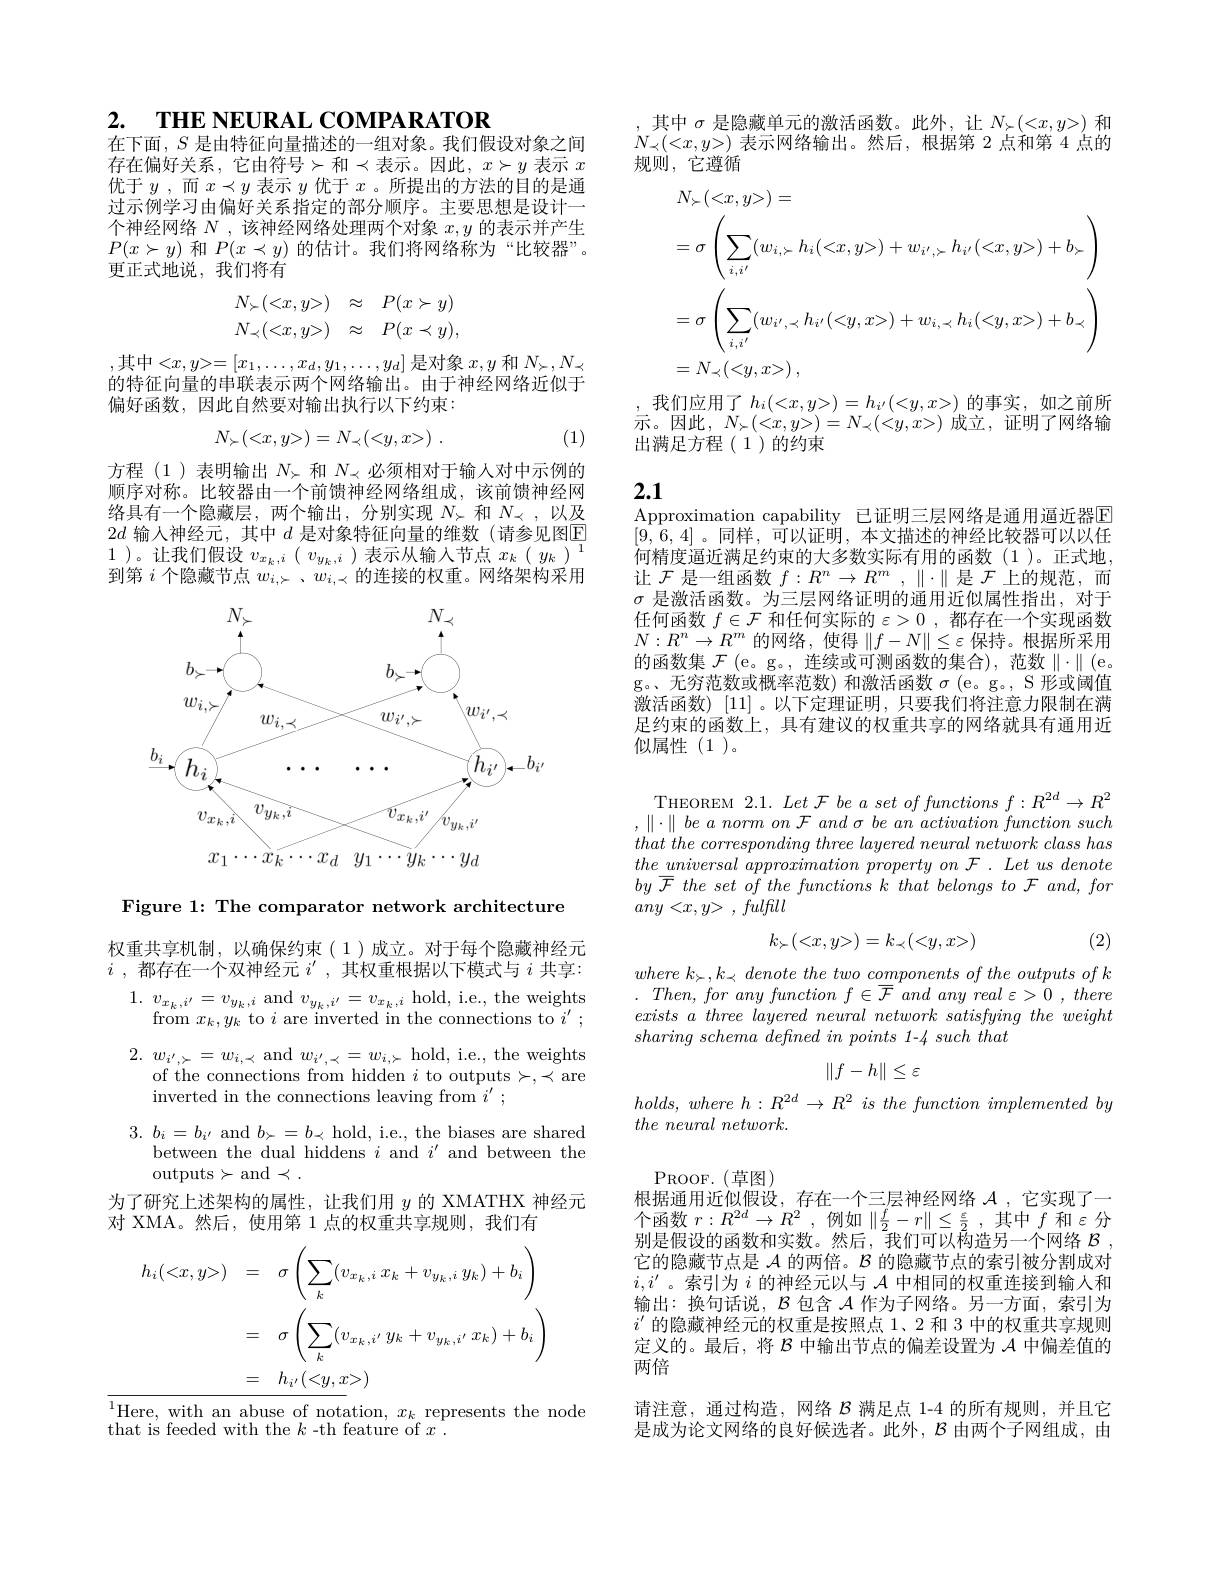
2. $\mathbf{THE}\textbf{NEURALCOMPARATOR}$
在下面，$S$是由特征向量描述的一组对象。我们假设对象之间

存在偏好关系，它由符号>和$\prec 表示。因此，x\succ y 表示 x$ 优于$y$ ,而$x\prec y$表示$y$优于$x$ 。所提出的方法的目的是通过示例学习由偏好关系指定的部分顺序。主要思想是设计一个神经网络$N$ ,该神经网络处理两个对象$x,y$的表示并产生$P(x\succ y)$和$P(x\prec y)$的估计。我们将网络称为“比较器”。更正式地说，我们将有
$$\begin{matrix}N_{\succ}(<x,y>)&\approx&P(x\succ y)\\N_{\prec}(<x,y>)&\approx&P(x\prec y),\end{matrix}$$
,其中$<x,y>=[x_1,\ldots,x_d,y_1,\ldots,y_d]$ 是对象 $x,y$ 和 $N_\succ,N_\prec$ 的特征向量的串联表示两个网络输出。由于神经网络近似于偏好函数，因此自然要对输出执行以下约束：
$$N_{\succ}(<x,y>)=N_{\prec}(<y,x>)\:.$$
(1)

方程 (1)表明输出$N_\succ$和$N_\prec$必须相对于输人对中示例的顺序对称。比较器由一个前馈神经网络组成，该前馈神经网络具有一个隐藏层，两个输出，分别实现$N_{\succ}$和$N_{\prec}$ ,以及$2d$输入神经元，其中$d$是对象特征向量的维数(请参见图E 1 )。让我们假设$v_{x_k,i}\left(\begin{array}{c}v_{y_k,i}\end{array}\right)$表示从输入节点$x_k\left(\begin{array}{c}y_k\end{array}\right)^1$ 到第$i$个隐藏节点$w_{i,\succ}$、$w_{i,\prec}$的连接的权重。网络架构采用

<FigureHere>

Figure 1: The comparator network architecture

权重共享机制，以确保约束(1)成立。对于每个隐藏神经元$i$ ,都存在一个双神经元$i^\prime$ ,其权重根据以下模式与$i$共享：
1. $v_{x_{k}, i^{\prime }}= v_{y_{k}, i}$ and $v_y_{k},i^{\prime}=v_{x_{k},i}$ hold, i.e., the weights
from $x_k,y_k$ to $i$ are inverted in the connections to $i^\prime;$ 2. $w_{i^{\prime }, \succ }= w_{i, \prec }$ and $w_{i^{\prime},\prec}=w_{i,\succ}$ hold, i.e., the weights
of the connections from hidden $i$ to outputs$\succ,\prec$are
inverted in the connections leaving from $i^\prime;$
3. $b_i= b_{i^{\prime }}$ and $b_\succ=b_\prec$ hold, i.e., the biases are shared
between the dual hiddens $i$ and $i^\prime$ and between the
outputs>and$\prec.$
为了研究上述架构的属性，让我们用$y$的 XMATHX 神经元
对 XMA。然后，使用第 1 点的权重共享规则，我们有
$$\begin{aligned}h_{i}(<x,y>)&=\quad\sigma\left(\sum_{k}(v_{x_{k},i}\:x_{k}+v_{y_{k},i}\:y_{k})+b_{i}\right)\\&=\quad\sigma\left(\sum_{k}(v_{x_{k},i^{\prime}}\:y_{k}+v_{y_{k},i^{\prime}}\:x_{k})+b_{i}\right)\\&=\quad h_{i^{\prime}}(<y,x>)\end{aligned}$$
${\overline{{^1}\text{Here, with an abuse of nota}}}$tion$,x_k{}{\text{represents the node}}$
that is feeded with the $k$ -th feature of $x.$

其中$\sigma$是隐藏单元的激活函数。此外，让$N_\succ(<x,y>)$和$N_{\prec}(<x,y>)$表示网络输出。然后，根据第 2 点和第 4 点的规则，它遵循
$$\begin{aligned}&N_{\succ}(<x,y>)=\\&=\sigma\left(\sum_{i,i^{\prime}}(w_{i,\succ}h_{i}(<x,y>)+w_{i^{\prime},\succ}h_{i^{\prime}}(<x,y>)+b_{\succ}\right)\\&=\sigma\left(\sum_{i,i^{\prime}}(w_{i^{\prime},\prec}h_{i^{\prime}}(<y,x>)+w_{i,\prec}h_{i}(<y,x>)+b_{\prec}\right)\\&=N_{\prec}(<y,x>)\:,\end{aligned}$$
我们应用了$h_i(<x,y>)=h_i(<y,x>)$的事实，如之前所示。因此，$N_\succ(<x,y>)=N_\prec(<y,x>)$成立，证明了网络输出满足方程(1)的约束

# 2.1

Approximation capability 已证明三层网络是通用逼近器E [9,6,4]。同样，可以证明，本文描述的神经比较器可以以任何精度逼近满足约束的大多数实际有用的函数(1)。正式地， 让$\mathcal{F}$是一组函数$f:R^n\to R^m,\|\cdot\|$是$\mathcal{F}$上的规范，而$\sigma$是激活函数。为三层网络证明的通用近似属性指出，对于任何函数$f\in\mathcal{F}$和任何实际的$\varepsilon>0$ ,都存在一个实现函数$N:R^n\to R^m$的网络，使得$\|f-N\|\leq\varepsilon$保持。根据所采用的函数集$\mathcal{F}$ (e。g。, 连续或可测函数的集合), 范数$\|\cdot\|$ (e。g。无穷范数或概率范数) 和激活函数$\sigma$ (e。g。, S 形或阈值激活函数) [11] 。以下定理证明，只要我们将注意力限制在满足约束的函数上，具有建议的权重共享的网络就具有通用近似属性(1)。

THEOREM 2.1. $Let\mathcal{F} \textit{be a set of functions }f: R^{2d}\to R^2$ $, \parallel \cdot \parallel \textit{be a norm on F and }\sigma \textit{be an activation function such}$ $that\textit{ the corresponding three layered neural network class has}$ $the\_ universal$ $\hat{a} pproximation$ property $on$ $\mathcal{F}$ . Let $us$ denote $by$ $\overline {\mathcal{F} }$ the set $of$ the functions $k$ that belongs $to$ $\mathcal{F}$ $and$, for $any< x, y>$ , fulfill

(2)
$$k_{\succ}(<x,y>)=k_{\prec}(<y,x>)$$
where $k_{\succ }, k_{\prec }$ denote the two components $of$ the outputs $of$ $k$ . $Then$, for any function $f\in \overline {\mathcal{F} }$ and any real $\varepsilon > 0$ , there $exists\textit{ a three layered neural network satisfying the weight}$ $sharing\textit{ schema defined in points 1- 4 such that}$
$$\left\|f-h\right\|\leq\varepsilon $$
$holds, where$ $h: R^{2d}\to R^2$ $is$ the function implemented $by$
$\textit{the neural network. }$

PROOF. ( 草 图 )
根据通用近似假设，存在一个三层神经网络$\mathcal{A}$ ,它实现了一个 函 数 $r: R^{2d}\to R^{2}$ , 例 如 $\left \| \frac f2- r\right \| \leq \frac \varepsilon 2$ , 其 中 $f$ 和 $\varepsilon$ 分 时 日 期 期 , 也 不 断 为 此 一 阶 的 一 个别是假设的函数和实数。然后，我们可以构造另一个网络$\mathcal{B}$ , 它的隐藏节点是$\mathcal{A}$的两倍。$\mathcal{B}$的隐藏节点的索引被分割成对$i,i^{\prime}$。索引为$i$的神经元以与$\mathcal{A}$中相同的权重连接到输入和输出：换句话说，$\mathcal{B}$包含$\mathcal{A}$作为子网络。另一方面，索引为$i^{\prime}$的隐藏神经元的权重是按照点 1、2 和 3 中的权重共享规则定义的。最后，将$\mathcal{B}$中输出节点的偏差设置为$\mathcal{A}$中偏差值的两倍
请注意，通过构造，网络$\mathcal{B}$满足点 1-4 的所有规则，并且它是成为论文网络的良好候选者。此外，$\mathcal{B}$由两个子网组成，由